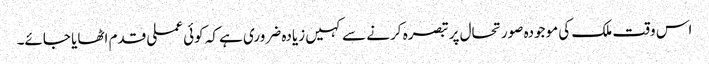
اس وقت ملک کی موجودہ صورتحال پر تبصرہ کرنے سے کہیں زیادہ ضروری ہے کہ کوئی عملی قدم اٹھایا جائے۔